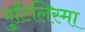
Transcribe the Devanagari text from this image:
युटिलिस्मा